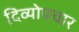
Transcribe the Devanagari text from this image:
दिव्योपचार